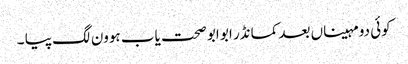
کوئی دو مہیناں بعد کمانڈر ابو ابو صحت یاب ہوون لگ پیا ۔